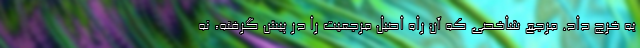
به خرج داد. مرجع شاخصی که آن راه اصیل مرجعیت را در پیش گرفته،‌ نه